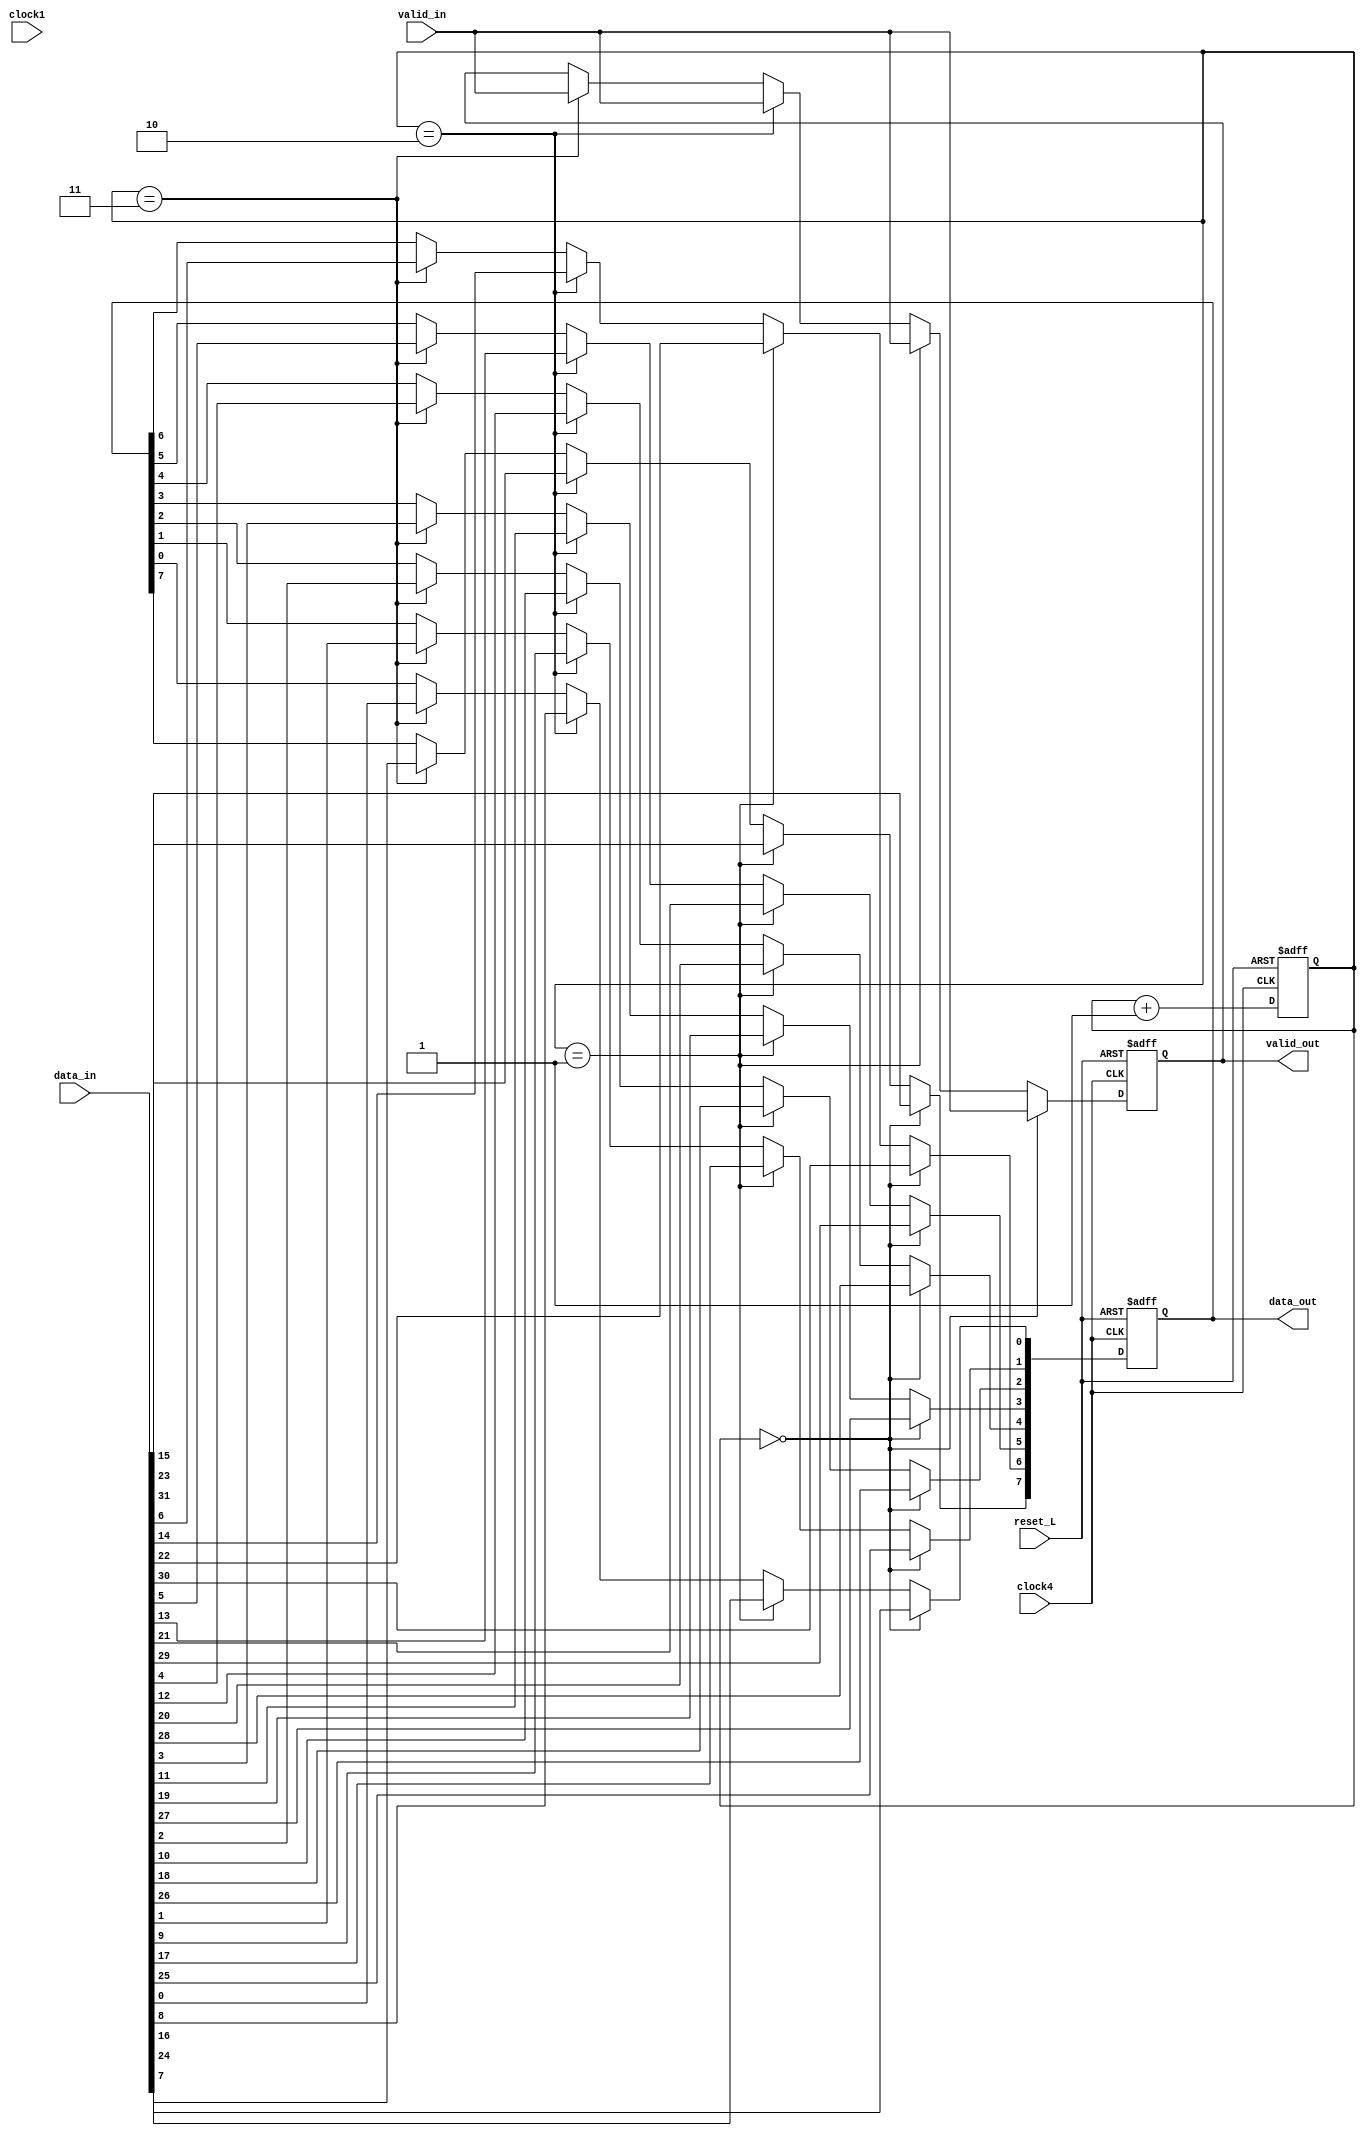
//Convertir una entrada de 32b a 8b

module c32b_8b(input[31:0] data_in,
	      output reg [7:0] data_out,
	      input valid_in,clock1,clock4,reset_L,
	      output reg valid_out
);

reg [1:0] select;
always @(posedge clock4 or negedge reset_L) begin
   if(reset_L==0) begin
      select<=1;
      data_out<=0;
      valid_out<=0;
   end else begin
      if(select==3) begin
         data_out[0] <= data_in[0];
         data_out[1] <= data_in[1];
         data_out[2] <= data_in[2];
         data_out[3] <= data_in[3];
         data_out[4] <= data_in[4]; //primeros 8bits
         data_out[5] <= data_in[5];
         data_out[6] <= data_in[6];
         data_out[7] <= data_in[7];
         valid_out<=valid_in;
      end if(select==2) begin
         data_out[0] <= data_in[8];
         data_out[1] <= data_in[9];
         data_out[2] <= data_in[10];
         data_out[3] <= data_in[11];
         data_out[4] <= data_in[12];//segundos 8bits
         data_out[5] <= data_in[13];
         data_out[6] <= data_in[14];
         data_out[7] <= data_in[15];
         valid_out<=valid_in;
      end if(select==1) begin
         data_out[0] <= data_in[16];
         data_out[1] <= data_in[17];
         data_out[2] <= data_in[18];
         data_out[3] <= data_in[19];
         data_out[4] <= data_in[20];//terceros 8bits
         data_out[5] <= data_in[21];
         data_out[6] <= data_in[22];
         data_out[7] <= data_in[23];
         valid_out<=valid_in;
      end if(select==0) begin
         data_out[0] <= data_in[24];
         data_out[1] <= data_in[25];
         data_out[2] <= data_in[26];
         data_out[3] <= data_in[27];
         data_out[4] <= data_in[28];//cuartos 8bits
         data_out[5] <= data_in[29];
         data_out[6] <= data_in[30];
         data_out[7] <= data_in[31];
         valid_out<=valid_in;
      end
      select<=select+2'b01;
   end
end
endmodule // c32b_8b